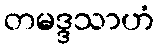
တမဒ္ဒသာဟံ